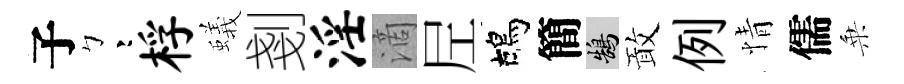
子彎桴蟻剗淫滴𡰱鴣簡鵠敢例情儒乗